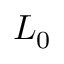
L _ { 0 }